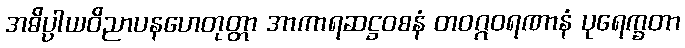
အဓိပ္ပါယဝိညာပနဟေတုတ္တာ အာကာရဆဋ္ဌဝစနံ တဝဂ္ဂဝရဏာနံ ပုရေက္ခတာ